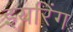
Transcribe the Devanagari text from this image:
इयरिंग